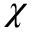
\chi